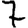
Digit: 7